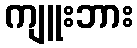
ကျူးဘား